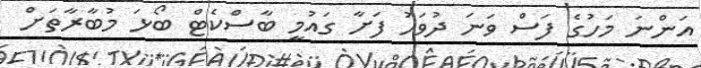
އަންނަ މަހުގެ ފަސް ވަނަ ދުވަހު ފަށާ ގައުމީ ބާސްކެޓް ބޯޅަ މުބާރާތަށް